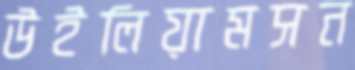
উইলিয়ামসন